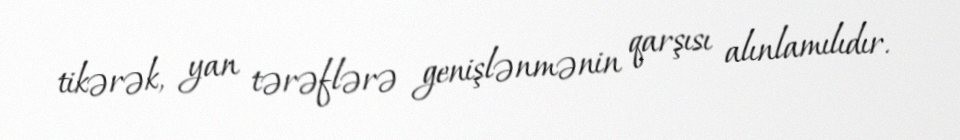
tikərək, yan tərəflərə genişlənmənin qarşısı alınlamılıdır.